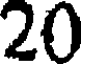
20